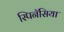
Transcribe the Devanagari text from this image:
स्पिनॅसिया